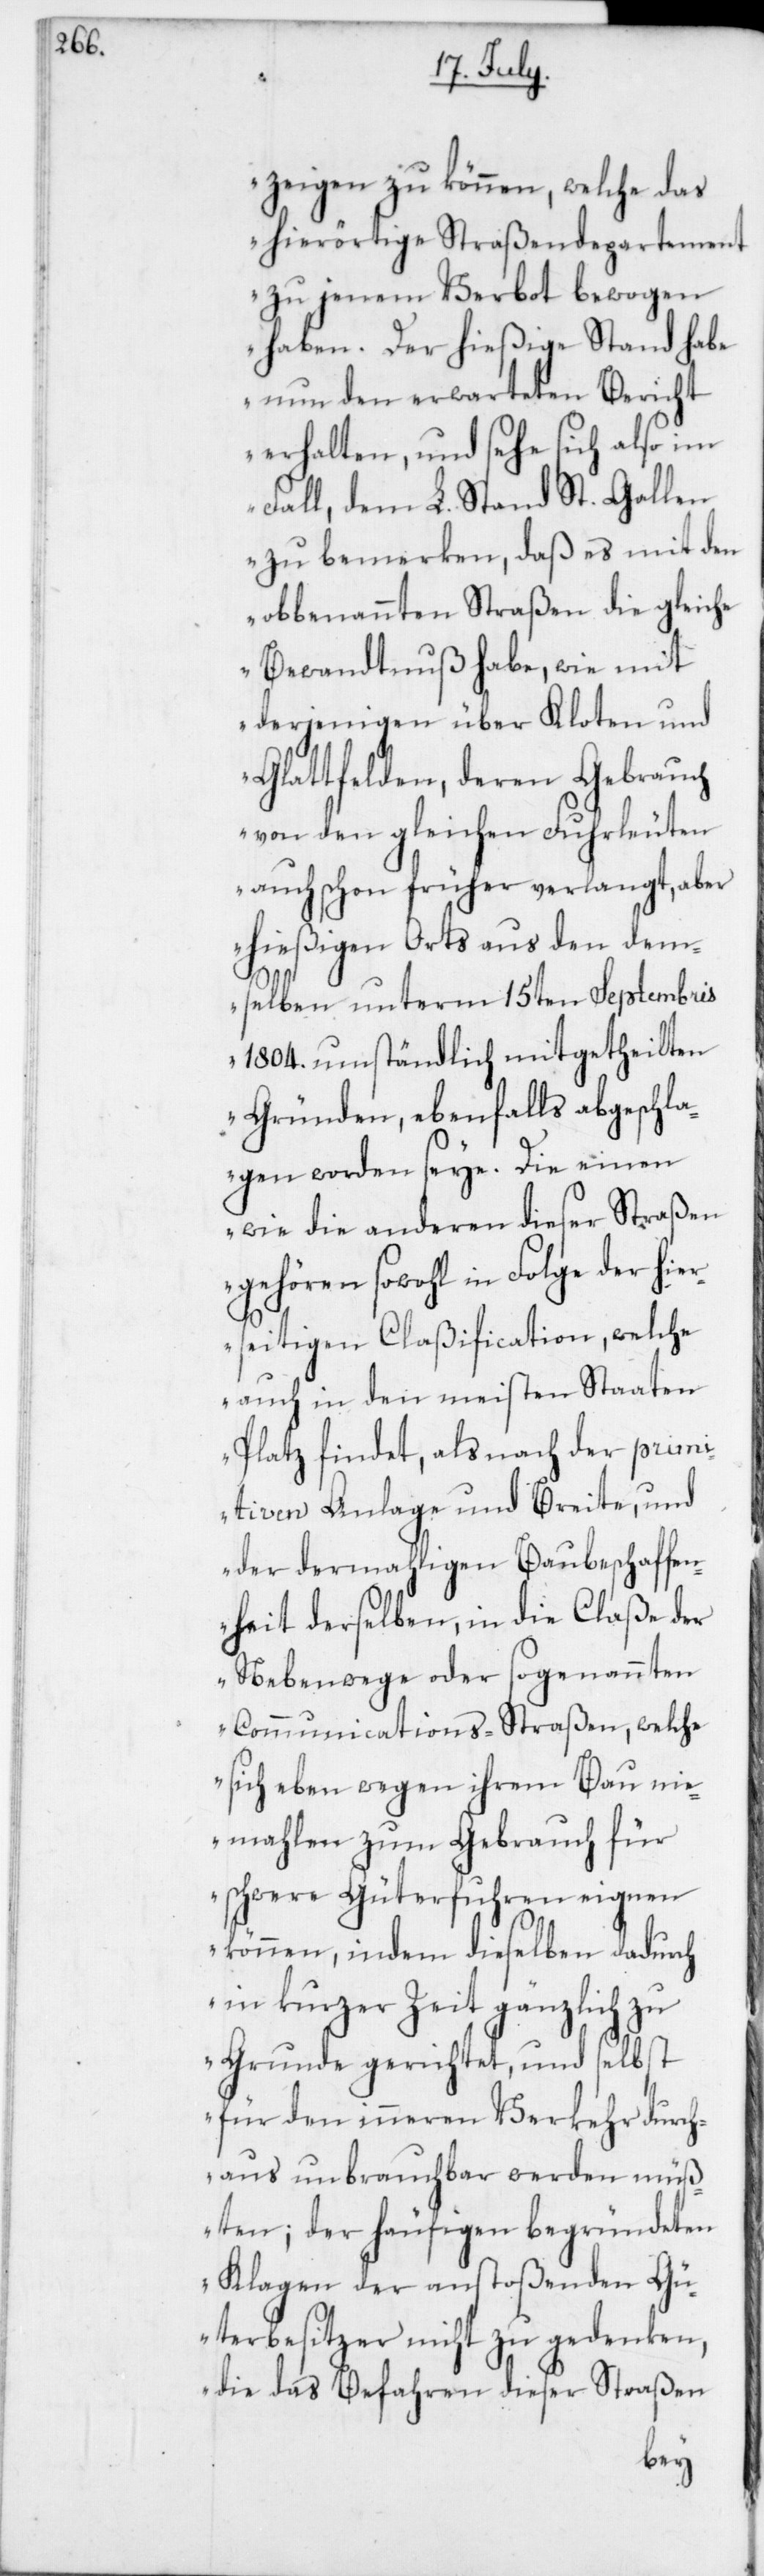
zeigen zu können, welche das
hierörtige Straßendepartement
zu jenem Verbot bewogen
haben. Der hießige Stand habe
nun den erwarteten Bericht
erhalten, und sehe sich also im
Fall, dem L. Stand St. Gallen
zu bemerken, daß es nicht mit
obbenannten Straßen die gleiche
Bewandtnuß habe, wie mit
derjenigen über Kloten und
Glattfelden, deren Gebrauch
von den gleichen Fuhrleuten
auch schon früher verlangt, aber
hießigen Orts aus den dem¬
selben unterm 15ten Septembris
1804. umständlich mitgetheilten
Gründen, ebenfalls abgeschla¬
gen worden seye. Die einen
wie die anderen dieser Straßen
gehören sowohl in Folge der hie¬
rseitigen Claßification, welche
auch in den meisten Staaten
Platz findet, als nach der prim¬
itiven Anlage und Breite, und
der dermahligen Baubeschaffen¬
heit derselben, in die Claße der
Nebenwege der sogenannten
Communications-Straßen, welche
sich eben wegen ihrem Bau nie¬
mahlen zum Gebrauch für
schwere Güterfuhren eignen
können, indem dieselben dadurch
in kurzer Zeit gänzlich zu
Grunde gerichtet, und selbst
für den inneren Verkehr durch¬
aus unbrauchbar werden müß¬
ten; der häufigen begründeten
Klagen der anstoßenden Gü¬
terbesitzer nicht zu gedenken,
die das Befahren dieser Straßen